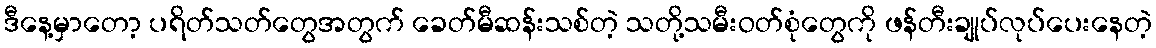
ဒီနေ့မှာတော့ ပရိတ်သတ်တွေအတွက် ခေတ်မီဆန်းသစ်တဲ့ သတို့သမီးဝတ်စုံတွေကို ဖန်တီးချုပ်လုပ်ပေးနေတဲ့